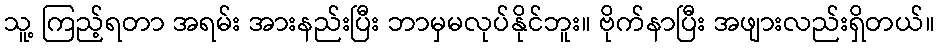
သူ့ ကြည့်ရတာ အရမ်း အားနည်းပြီး ဘာမှမလုပ်နိုင်ဘူး။ ဗိုက်နာပြီး အဖျားလည်းရှိတယ်။